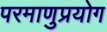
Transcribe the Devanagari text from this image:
परमाणुप्रयोग